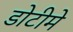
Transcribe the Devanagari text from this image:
डोटीमे